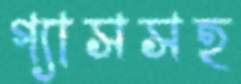
গ্যাসসহ